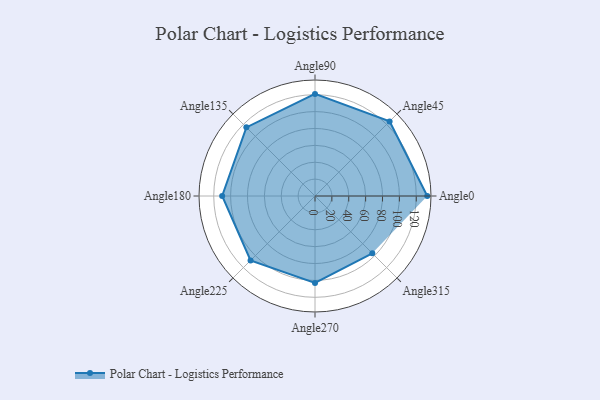
{"axis": {"x": "Angle", "y": "Radius"}, "legend": [""], "data": [{"x": "Angle0", "y": 133.0, "type": ""}, {"x": "Angle45", "y": 125.0, "type": ""}, {"x": "Angle90", "y": 121.0, "type": ""}, {"x": "Angle135", "y": 115.0, "type": ""}, {"x": "Angle180", "y": 110.0, "type": ""}, {"x": "Angle225", "y": 108.0, "type": ""}, {"x": "Angle270", "y": 103.0, "type": ""}, {"x": "Angle315", "y": 96.0, "type": ""}]}